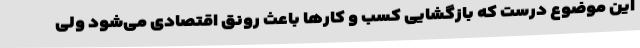
این موضوع درست که بازگشایی کسب و کارها باعث رونق اقتصادی می‌شود ولی